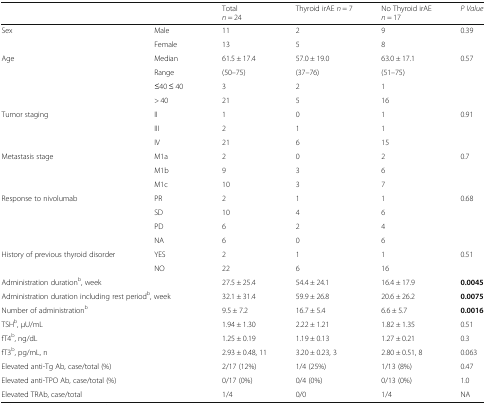
<table><thead><tr><td colspan="2"></td><td><b>Total<i>n</i> = 24</b></td><td><b>Thyroid irAE <i>n</i> = 7</b></td><td><b>No Thyroid irAE<i>n</i> = 17</b></td><td><b><i>P Value </i></b></td></tr></thead><tbody><tr><td rowspan="2">Sex</td><td>Male</td><td>11</td><td>2</td><td>9</td><td rowspan="2">0.39</td></tr><tr><td>Female</td><td>13</td><td>5</td><td>8</td></tr><tr><td rowspan="4">Age</td><td>Median</td><td>61.5 ± 17.4</td><td>57.0 ± 19.0</td><td>63.0 ± 17.1</td><td>0.57</td></tr><tr><td>Range</td><td>(50–75)</td><td>(37–76)</td><td>(51–75)</td><td></td></tr><tr><td>≤40 ≤ 40</td><td>3</td><td>2</td><td>1</td><td></td></tr><tr><td>&gt; 40</td><td>21</td><td>5</td><td>16</td><td></td></tr><tr><td rowspan="3">Tumor staging</td><td>II</td><td>1</td><td>0</td><td>1</td><td rowspan="3">0.91</td></tr><tr><td>III</td><td>2</td><td>1</td><td>1</td></tr><tr><td>IV</td><td>21</td><td>6</td><td>15</td></tr><tr><td rowspan="3">Metastasis stage</td><td>M1a</td><td>2</td><td>0</td><td>2</td><td rowspan="3">0.7</td></tr><tr><td>M1b</td><td>9</td><td>3</td><td>6</td></tr><tr><td>M1c</td><td>10</td><td>3</td><td>7</td></tr><tr><td rowspan="4">Response to nivolumab</td><td>PR</td><td>2</td><td>1</td><td>1</td><td rowspan="4">0.68</td></tr><tr><td>SD</td><td>10</td><td>4</td><td>6</td></tr><tr><td>PD</td><td>6</td><td>2</td><td>4</td></tr><tr><td>NA</td><td>6</td><td>0</td><td>6</td></tr><tr><td rowspan="2">History of previous thyroid disorder</td><td>YES</td><td>2</td><td>1</td><td>1</td><td rowspan="2">0.51</td></tr><tr><td>NO</td><td>22</td><td>6</td><td>16</td></tr><tr><td colspan="2">Administration duration<sup>b</sup>, week</td><td>27.5 ± 25.4</td><td>54.4 ± 24.1</td><td>16.4 ± 17.9</td><td><b>0.0045</b></td></tr><tr><td colspan="2">Administration duration including rest period<sup>b</sup>, week</td><td>32.1 ± 31.4</td><td>59.9 ± 26.8</td><td>20.6 ± 26.2</td><td><b>0.0075</b></td></tr><tr><td colspan="2">Number of administration<sup>b</sup></td><td>9.5 ± 7.2</td><td>16.7 ± 5.4</td><td>6.6 ± 5.7</td><td><b>0.0016</b></td></tr><tr><td colspan="2">TSH<sup>b</sup>, μU/mL</td><td>1.94 ± 1.30</td><td>2.22 ± 1.21</td><td>1.82 ± 1.35</td><td>0.51</td></tr><tr><td colspan="2">fT4<sup>b</sup>, ng/dL</td><td>1.25 ± 0.19</td><td>1.19 ± 0.13</td><td>1.27 ± 0.21</td><td>0.3</td></tr><tr><td colspan="2">fT3<sup>b</sup>, pg/mL, n</td><td>2.93 ± 0.48, 11</td><td>3.20 ± 0.23, 3</td><td>2.80 ± 0.51, 8</td><td>0.063</td></tr><tr><td colspan="2">Elevated anti-Tg Ab, case/total (%)</td><td>2/17 (12%)</td><td>1/4 (25%)</td><td>1/13 (8%)</td><td>0.47</td></tr><tr><td colspan="2">Elevated anti-TPO Ab, case/total (%)</td><td>0/17 (0%)</td><td>0/4 (0%)</td><td>0/13 (0%)</td><td>1.0</td></tr><tr><td colspan="2">Elevated TRAb, case/total</td><td>1/4</td><td>0/0</td><td>1/4</td><td>NA</td></tr></tbody></table>